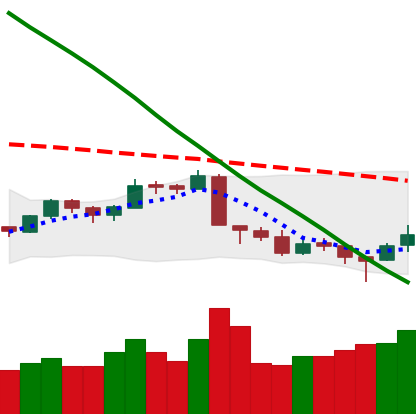
Ticker: LTC-USD
Chart end date: 2018-09-14
Forward return: -3.963%
Label: down_3_5